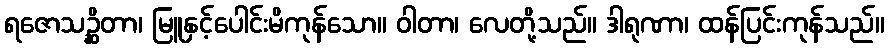
ရဇောသဉ္ဆိတာ၊ မြူနှင့်ပေါင်းမိကုန်သော။ ဝါတာ၊ လေတို့သည်။ ဒါရုဏာ၊ ထန်ပြင်းကုန်သည်။